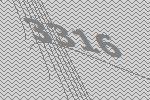
3316